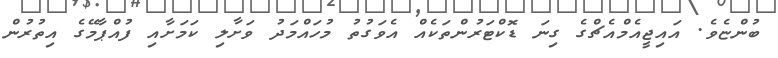
ބުންޏެވެ. އައިޖީއެމްއެޗްގެ ގިނަ ޑޮކްޓަރުންތަކެއް އެވަގުތު މުހައްމަދު ވަށާލި ކަމަށާއި ފުއްޕާމޭގެ އިތުރުން